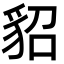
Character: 貂